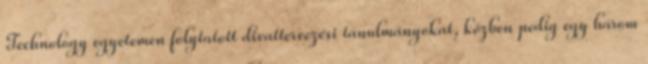
Technology egyetemen folytatott divattervezési tanulmányokat, közben pedig egy három